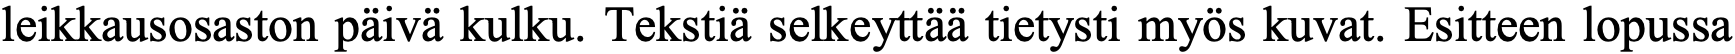
leikkausosaston päivä kulku. Tekstiä selkeyttää tietysti myös kuvat. Esitteen lopussa